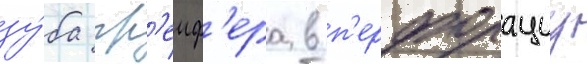
зу́ба гр'еиф'ера в п'ерфорациу